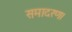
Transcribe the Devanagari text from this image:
समादरण।